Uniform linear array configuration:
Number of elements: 24
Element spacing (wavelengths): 0.5
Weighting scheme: hamming
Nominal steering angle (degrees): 30
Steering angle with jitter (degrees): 30.375
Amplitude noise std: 0.05
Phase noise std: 0.05

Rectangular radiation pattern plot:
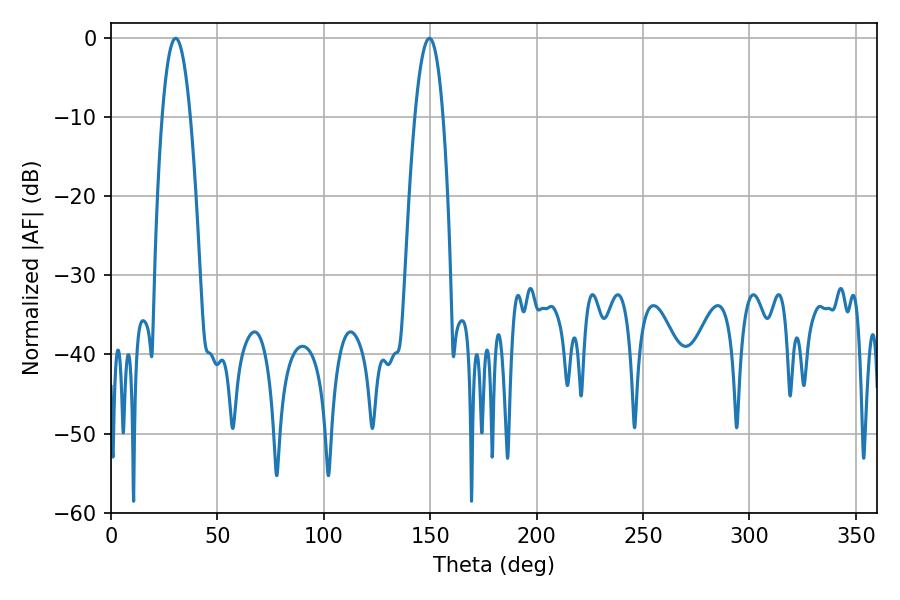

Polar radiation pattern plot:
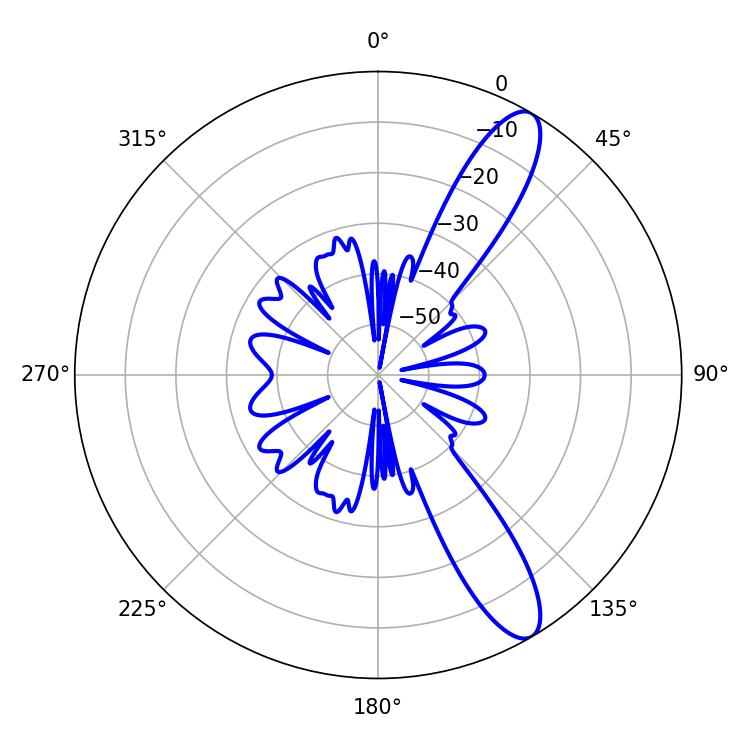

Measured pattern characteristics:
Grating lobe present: FALSE
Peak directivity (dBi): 11.587
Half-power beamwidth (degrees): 7.2
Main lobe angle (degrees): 30.42